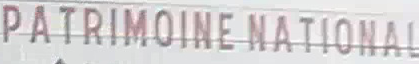
PATRIMOINE NATIONAL